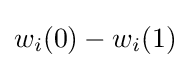
w_{i}(0)-w_{i}(1)